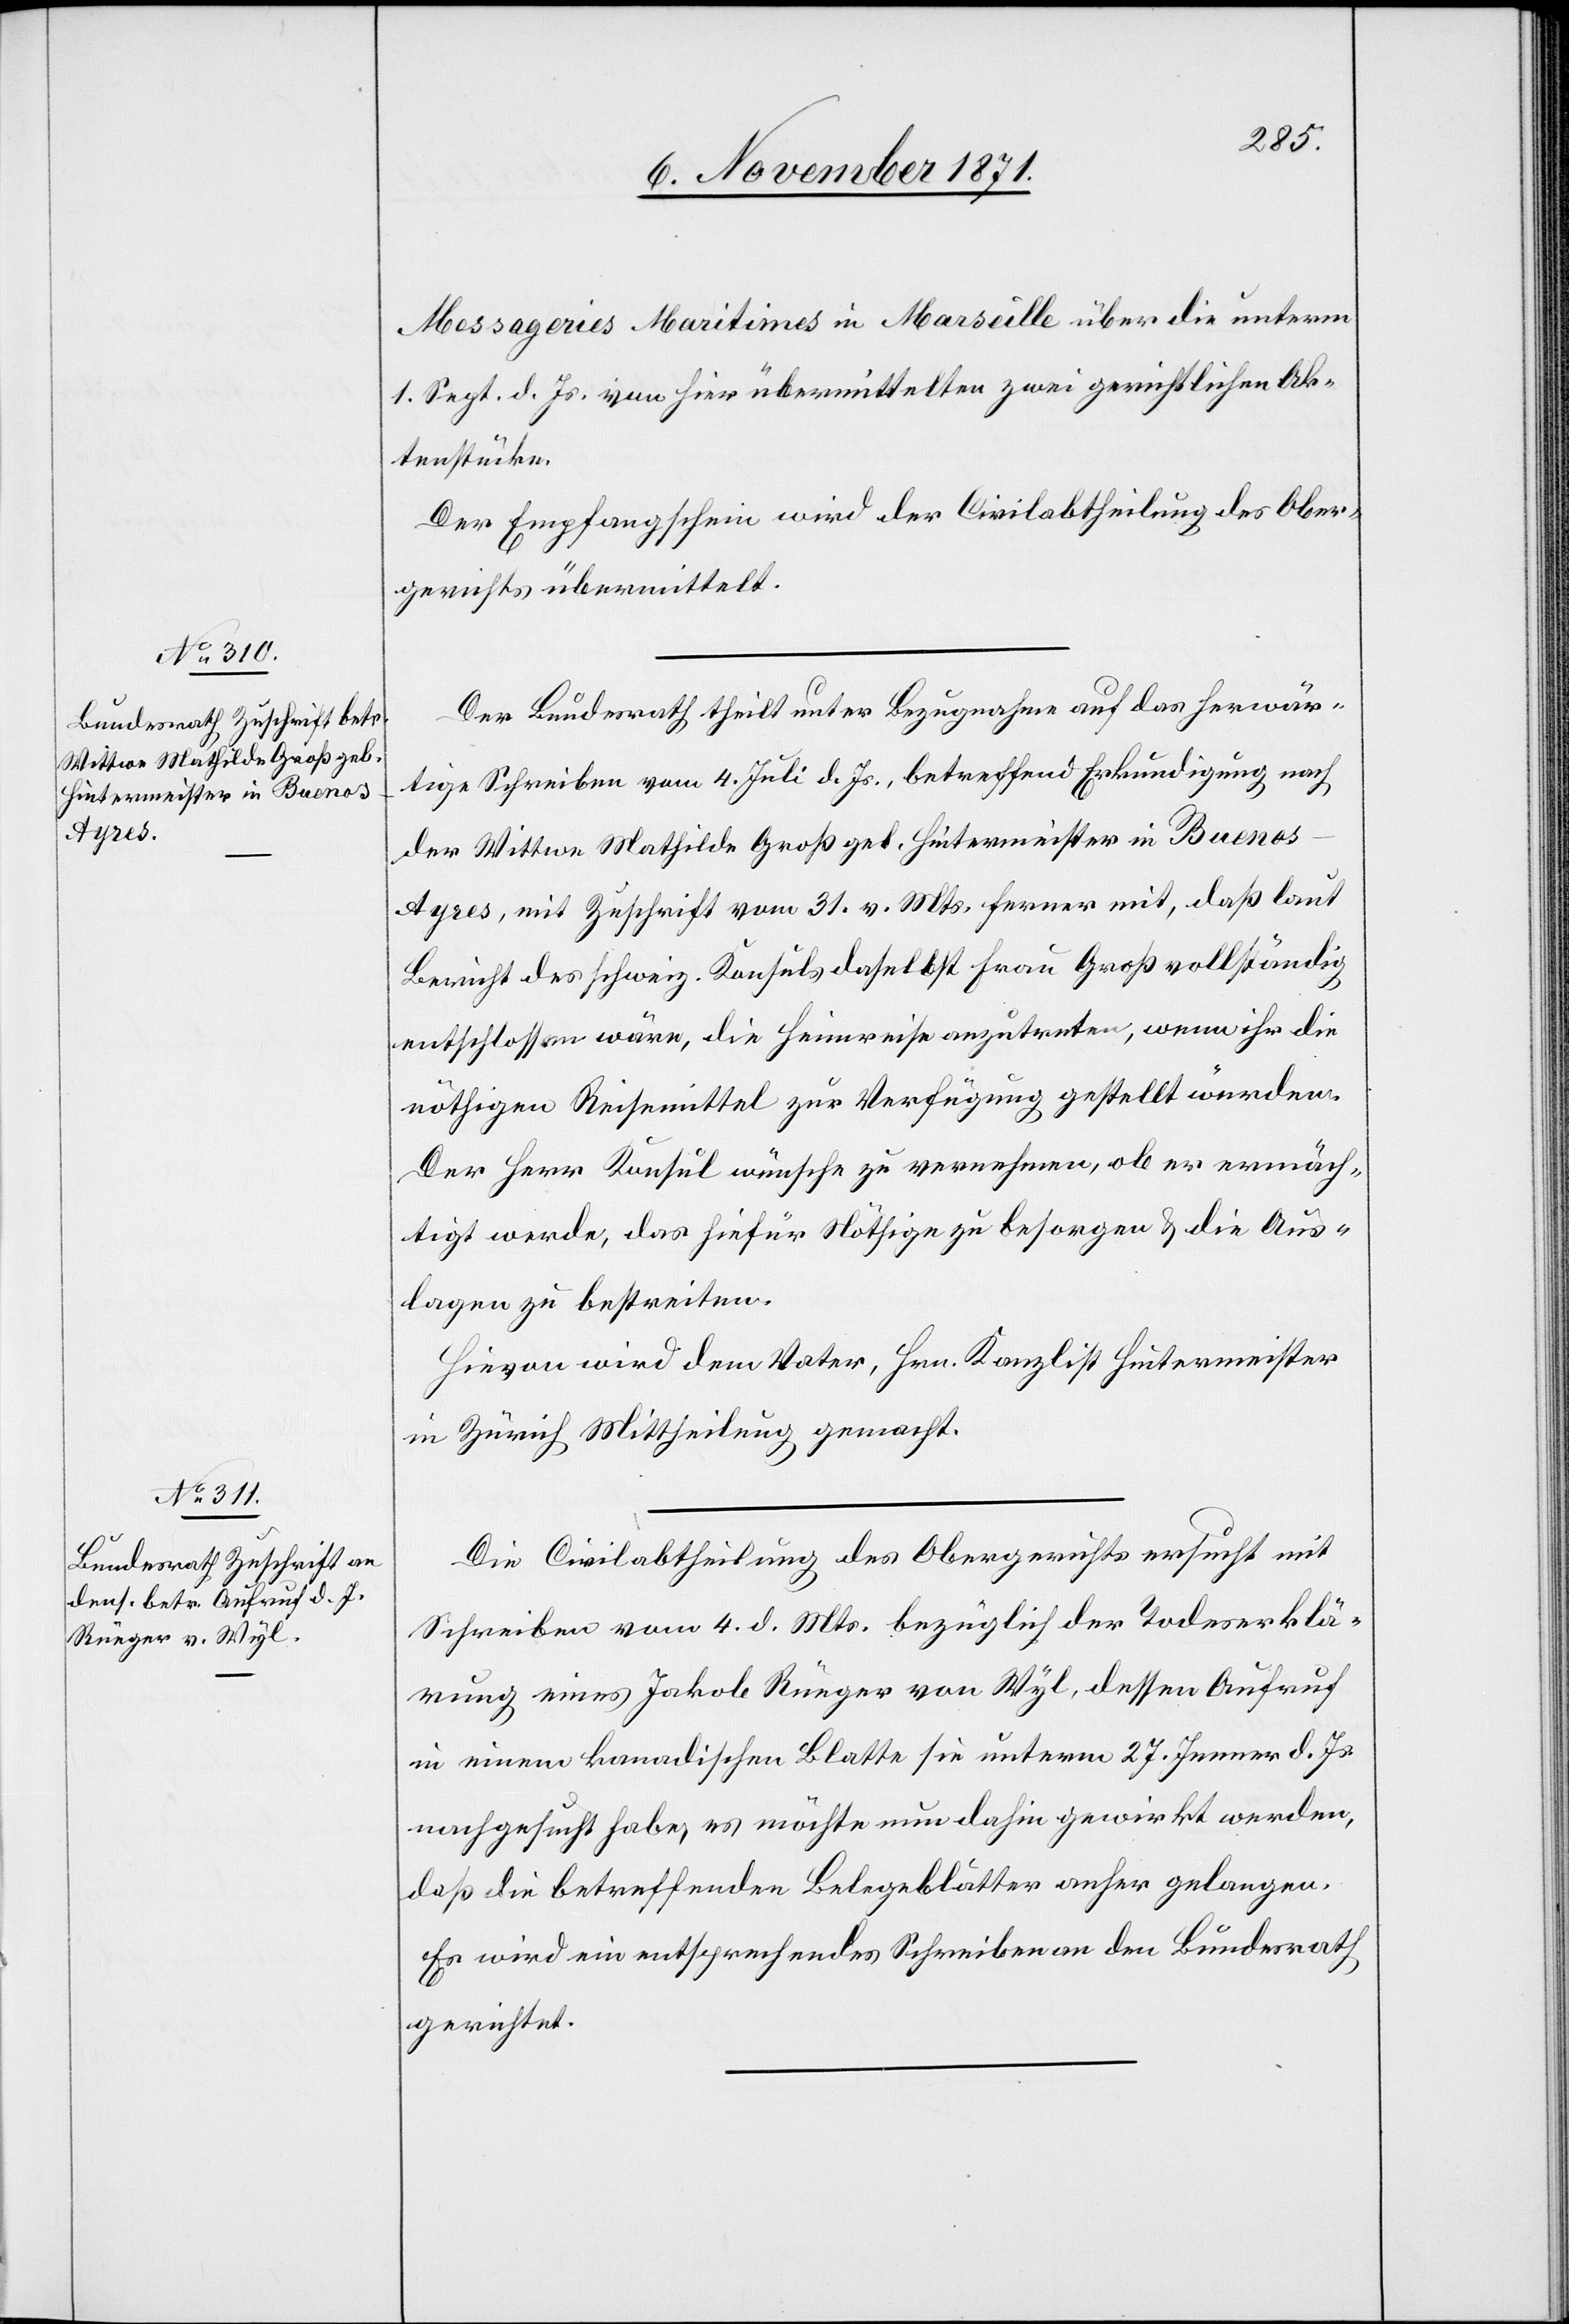
7. November 1871.]
Messageries Maritimes in Marseille über die unterm
1. Sept. d. Js. von hier übermittelten zwei gerichtlichen Ak¬
tenstücke.
Der Empfangschein wird der Civilabtheilung des Ober¬
gerichts übermittelt.
Der Bundesrath theilt unter Bezugnahme auf das herwär¬
tige Schreiben vom 4. Juli d. Js, betreffend Erkundigung nach
der Wittwe Mathilde Groß geb. Hintermeister in Bueno¬
s-Ayres, mit Zuschrift vom 31. v. Mts. ferner mit, daß laut
Bericht des schweiz. Konsuls daselbst Frau Groß vollständig
entschlossen wäre, die Heimreise anzutreten, wenn ihr die
nöthigen Reisemittel zur Verfügung gestellt würden.
Der Herr Konsul wünsche zu vernehmen, ob er ermäch¬
tigt werde, das hiefür Nöthige zu besorgen & die Aus¬
lagen zu bestreiten.
Hievon wird dem Vater, Hrn. Kanzlist Hintermeister
in Zürich Mittheilung gemacht.
Die Civilabtheilung des Obergerichts ersucht mit
Schreiben vom 4. d. Mts. bezüglich der Todeserklä¬
rung eines Jakob Rüeger von Wyl, dessen Aufruf
in einem kanadischen Blatt sie unterm 27. Jenner d. Js.
nachgesucht habe, es möchte nun dahin gewirkt werden,
daß die betreffenden Belegeblätter anher gelangen.
Es wird ein entsprechendes Schreiben an den Bundesrath
gerichtet.